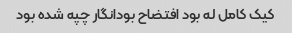
کیک کامل له بود افتضاح بودانگار چپه شده بود